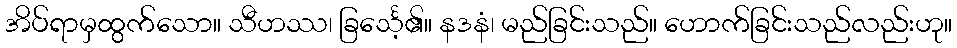
အိပ်ရာမှထွက်သော။ သီဟဿ၊ ခြင်္သေ့၏။ နဒနံ၊ မည်ခြင်းသည်။ ဟောက်ခြင်းသည်လည်းဟု။